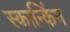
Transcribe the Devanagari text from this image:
स्कान्किंग